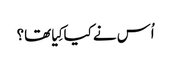
‏ اُس نے کیا کِیا تھا؟